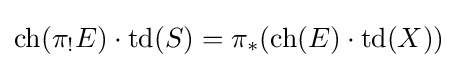
\operatorname {ch} (\pi _{!}E)\cdot \operatorname {td} (S)=\pi _{*}(\operatorname {ch} (E)\cdot \operatorname {td} (X))